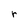
Character: r